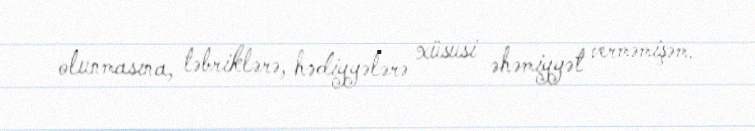
olunmasına, təbriklərə, hədiyyələrə xüsusi əhəmiyyət verməmişəm.